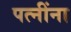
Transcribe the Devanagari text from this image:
पत्‍नींना